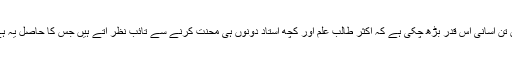
آج ہمارے یہاں یونیورسٹیز کی سطح پر ریسرچ کے شعبے میں تن آسانی اس قدر بڑھ چکی ہے کہ اکثر طالب علم اور کچھ استاد دونوں ہی محنت کرنے سے تائب نظر آتے ہیں جس کا حاصل یہ ہے کہ ملک میں کاپی پیسٹ کا کلچر تیزی سے فروغ پا رہا ہے۔